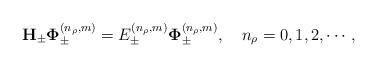
LaTeX: \begin{align*}{\bf H}_{\pm}{\bf\Phi}^{(n_\rho,m)}_{\pm}=E^{(n_\rho,m)}_{\pm}{\bf\Phi}^{(n_\rho,m)}_{\pm}, \quad n_\rho=0,1,2, \cdots,\end{align*}